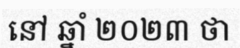
នៅ ឆ្នាំ ២០២៣ ថា